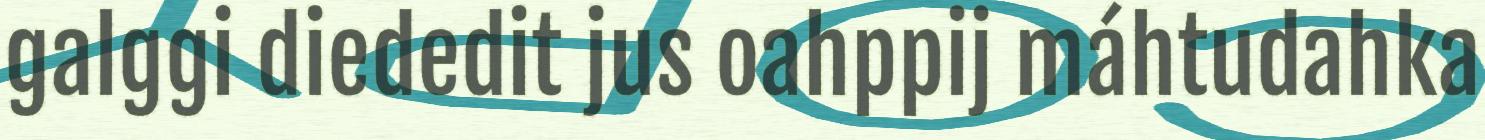
galggi diededit jus oahppij máhtudahka